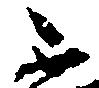
不